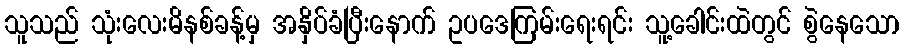
သူသည် သုံးလေးမိနစ်ခန့်မှ အနှိပ်ခံပြီးနောက် ဥပဒေကြမ်းရေးရင်း သူ့ခေါင်းထဲတွင် စွဲနေသော